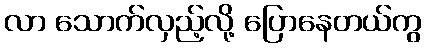
လာ သောက်လှည့်လို့ ပြောနေတယ်ကွ